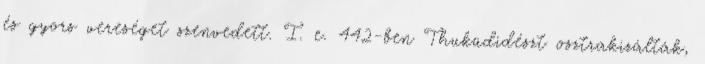
és gyors vereséget szenvedett. I. e. 442-ben Thuküdidészt osztrakizálták,